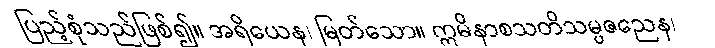
ပြည့်စုံသည်ဖြစ်၍။ အရိယေန၊ မြတ်သော။ ဣမိနာစသတိသမ္ပဇညေန၊